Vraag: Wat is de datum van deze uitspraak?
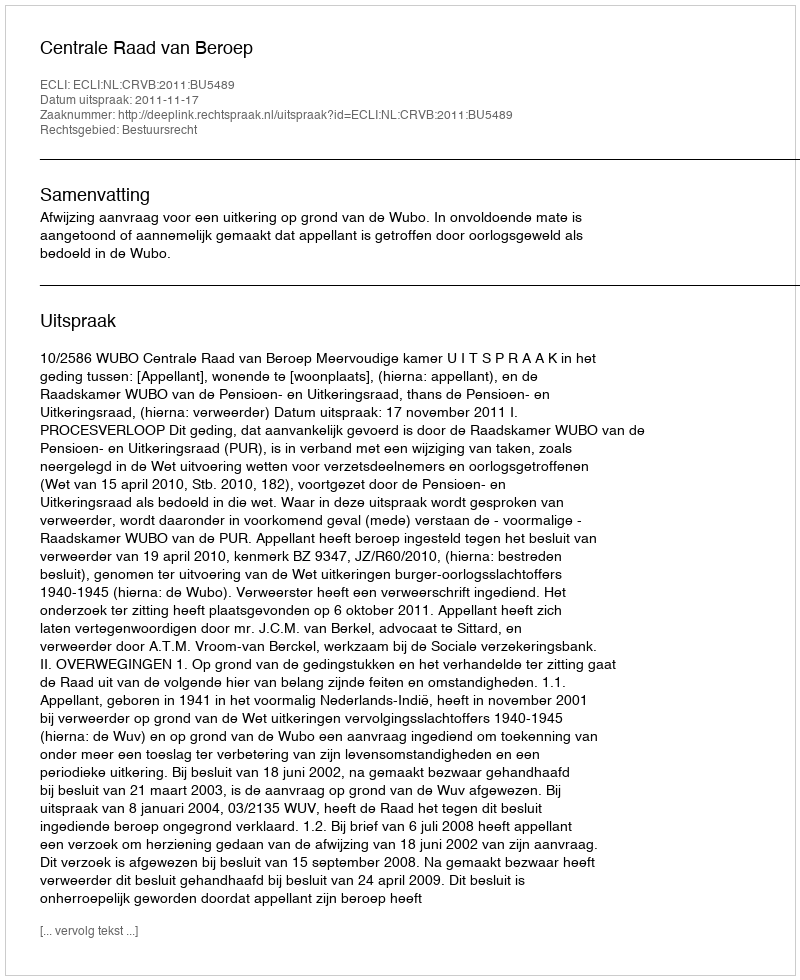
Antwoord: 2011-11-17